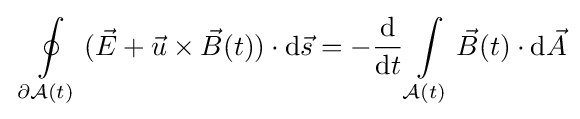
\,\,\oint \limits _{\partial {\mathcal {A}}(t)}{({\vec {E}}+{\vec {u}}\times {\vec {B}}(t))\cdot {\text{d}}{\vec {s}}}=-{\frac {\text{d}}{{\text{d}}t}}\int \limits _{{\mathcal {A}}(t)}{\vec {B}}(t)\cdot {\text{d}}{\vec {A}}